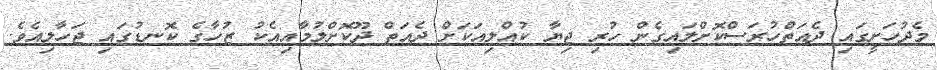
މެދުހަށީގައި ދެއަތްހުރަސްކޮށްލައިގެން ހުރި ޖިޔާ ކުއްލިއަކަށް ދެއަތް ދޫކޮށްލުމާއިއެކު ޒުހާގެ ކޮނޑުގައި ޖަހާލިއެވެ.